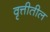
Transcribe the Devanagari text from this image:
वृत्तीतील